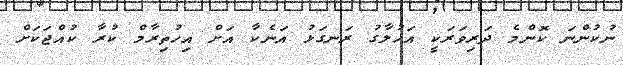
ނުކުންނަ ކޮންމެ ދަރިވަރަކީ އަހުލާގު ރަނގަޅު އަނެކާ އަށް އިހުތިރާމް ކުރާ ކުއްޖަކަށް